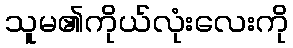
သူမ၏ကိုယ်လုံးလေးကို